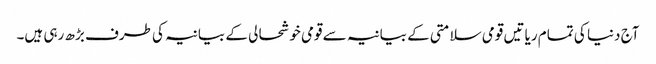
آج دنیا کی تمام ریا تیں قومی سلامتی کے بیانیہ سے قومی خوشحا لی کے بیانیہ کی طرف بڑھ رہی ہیں۔